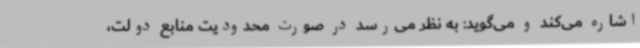
اشاره می‌کند و می‌گوید: به نظر می‌رسد در صورت محدودیت منابع دولت،